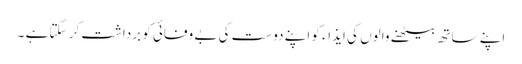
اپنے ساتھ بیٹھنے والوں کی ایذاء کو اپنے دوست کی بے وفائی کو برداشت کر سکتا ہے ۔